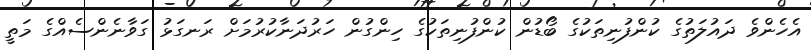
އެހެންވެ ދައުލަތުގެ ކުންފުނިތަކުގެ ބޯޑުން ކުންފުނިތަކުގެ ހިންގުން ހަރުދަނާކުރުމަށް ރަނގަޅު ގަވާނެންސެއްގެ މަތީ